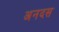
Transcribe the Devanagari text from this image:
अनदस